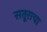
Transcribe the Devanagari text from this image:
सतूराचा